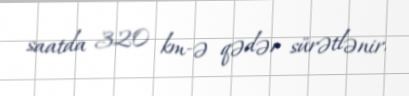
saatda 320 km-ə qədər sürətlənir.